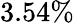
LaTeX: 3.54\%